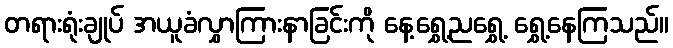
တရားရုံးချုပ် အယူခံလွှာကြားနာခြင်းကို နေ့ရွှေ့ညရွှေ့ ရွှေ့နေကြသည်။